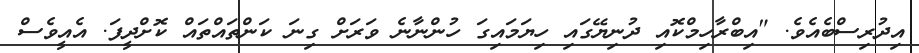
އިދުރިސްބެއެވެ. "އިބްރާހިމްކޮއި ދުނިޔޭގައި ހިޔަމައިގަ ހުންނާނެ ވަރަށް ގިނަ ކަންތައްތައް ކޮށްދީފަ. އެއީވެސް